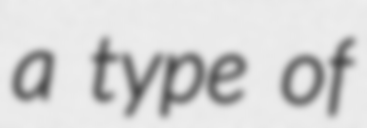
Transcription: a type of